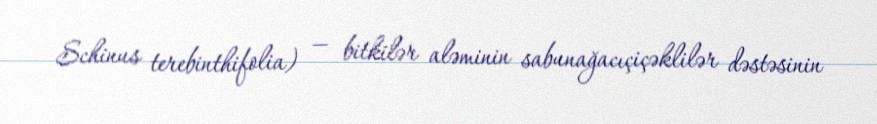
Schinus terebinthifolia) — bitkilər aləminin sabunağacıçiçəklilər dəstəsinin